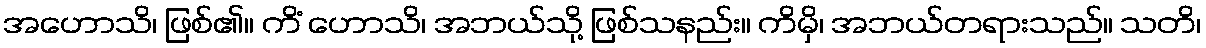
အဟောသိ၊ ဖြစ်၏။ ကိံ ဟောသိ၊ အဘယ်သို့ ဖြစ်သနည်း။ ကိမှိ၊ အဘယ်တရားသည်။ သတိ၊